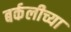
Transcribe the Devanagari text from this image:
बर्कलीच्या